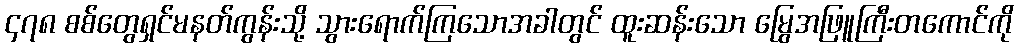
၄၇၈ စစ်တွေရှင်မနတ်ကွန်းသို့ သွားရောက်ကြသောအခါတွင် ထူးဆန်းသော မြွေအဖြူကြီးတကောင်ကို